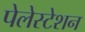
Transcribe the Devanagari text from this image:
पेलेस्टेशन